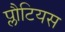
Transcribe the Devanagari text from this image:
प्लौटियस